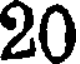
20